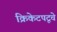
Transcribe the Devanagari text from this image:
क्रिकेटपटूचे